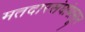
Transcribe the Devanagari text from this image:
मतदारसंघांपासून